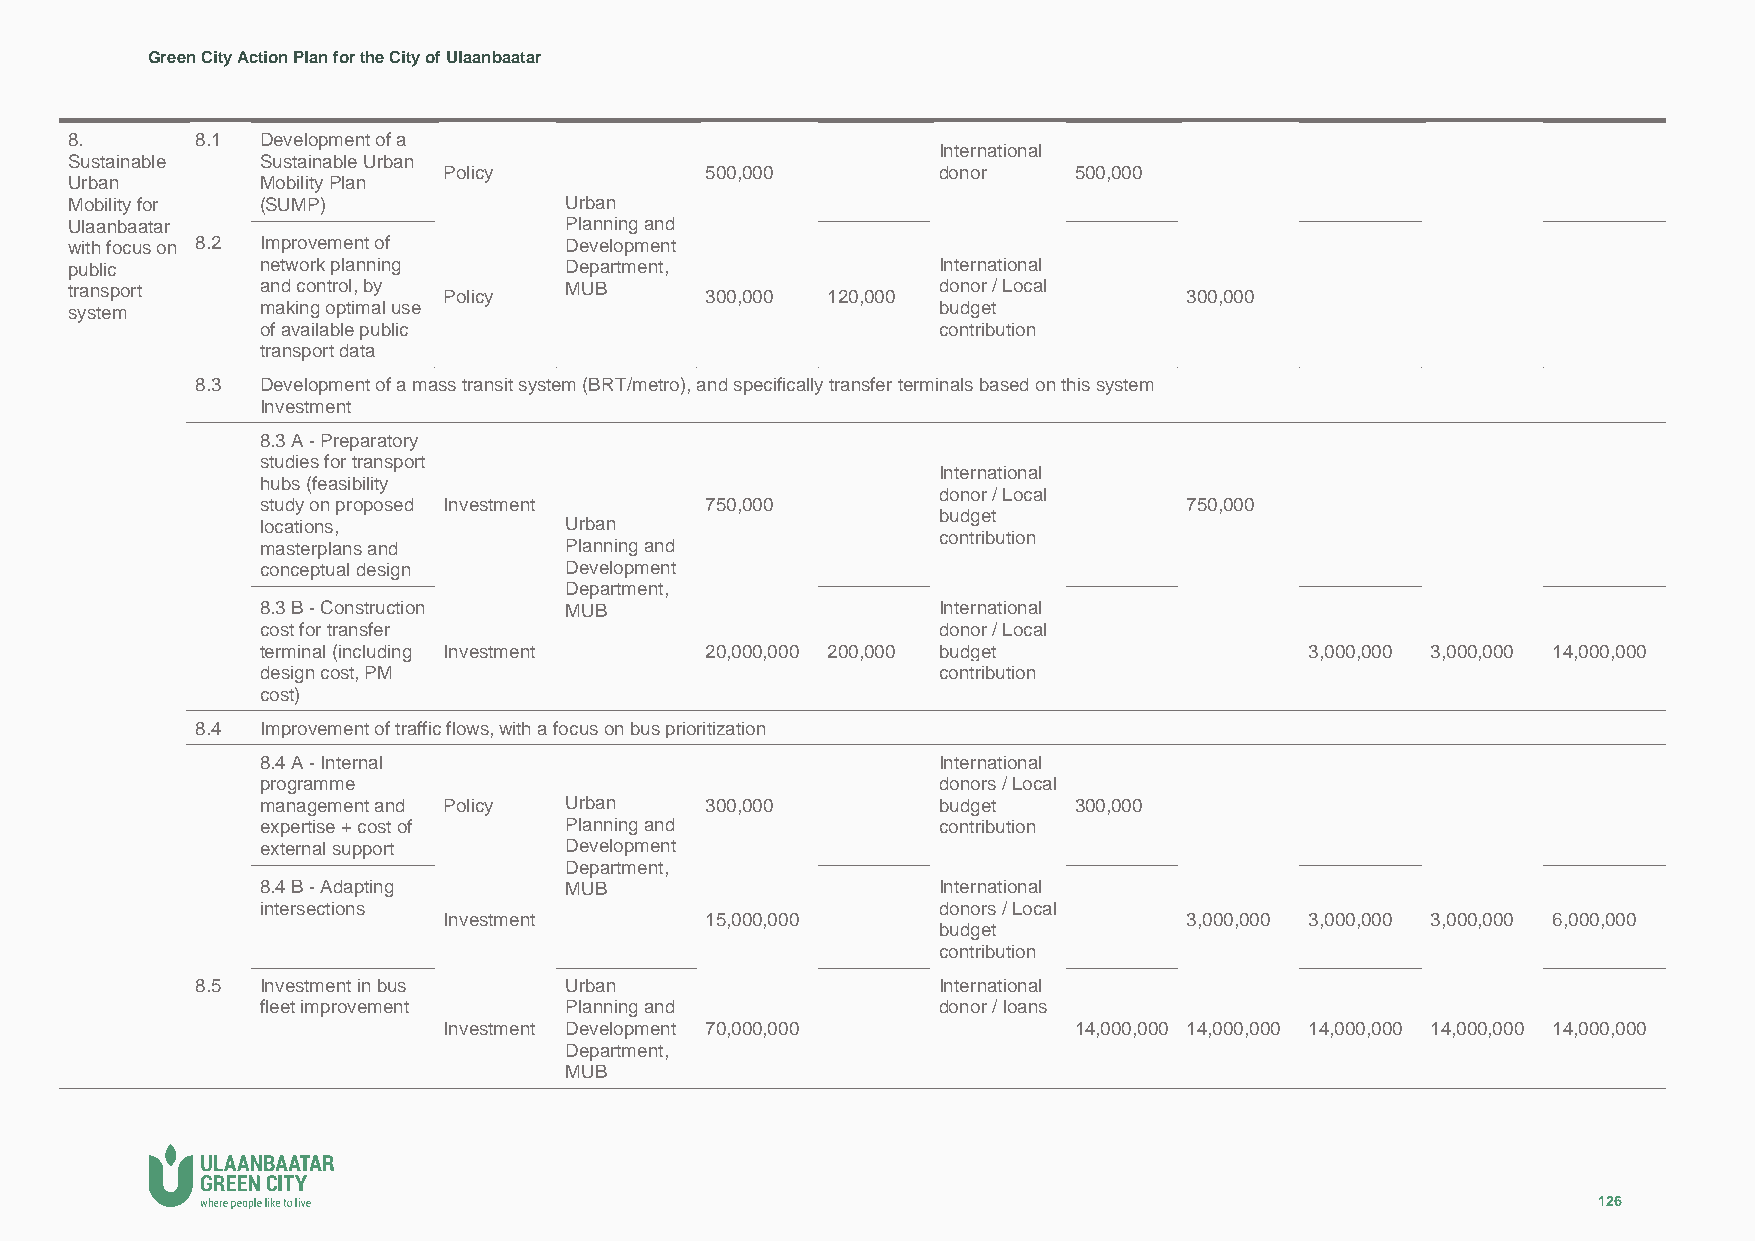
Green City Action Plan for the City of Ulaanbaatar
 8.       8.1 Development of a
 International
 Sustainable  Sustainable Urban
 Policy            500,000        donor    500,000
 Urban        Mobility Plan
 Mobility for (SUMP)              Urban
 Ulaanbaatar                      Planning and
 with focus on 8.2 Improvement of Development
 public       network planning    Department,              International
 transport    and control, by Policy MUB    300,000 120,000 donor / Local  300,000
 system       making optimal use                           budget
 of available public                          contribution
 transport data
 8.3 Development of a mass transit system (BRT/metro), and specifically transfer terminals based on this system
 Investment
 8.3 A - Preparatory
 studies for transport
 International
 hubs (feasibility
 donor / Local
 study on proposed Investment  750,000                        750,000
 budget
 locations,          Urban
 contribution
 masterplans and     Planning and
 conceptual design   Development
 Department,
 8.3 B - Construction MUB                     International
 cost for transfer                            donor / Local
 terminal (including Investment 20,000,000 200,000 budget              3,000,000 3,000,000 14,000,000
 design cost, PM                              contribution
 cost)
 8.4 Improvement of traffic flows, with a focus on bus prioritization
 8.4 A - Internal                             International
 programme                                    donors / Local
 management and Policy Urban   300,000        budget   300,000
 expertise + cost of Planning and             contribution
 external support    Development
 Department,
 8.4 B - Adapting    MUB                      International
 intersections                                donors / Local
 Investment        15,000,000                     3,000,000 3,000,000 3,000,000 6,000,000
 budget
 contribution
 8.5 Investment in bus   Urban                    International
 fleet improvement   Planning and             donor / loans
 Investment Development 70,000,000         14,000,000 14,000,000 14,000,000 14,000,000 14,000,000
 Department,
 MUB
 126